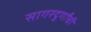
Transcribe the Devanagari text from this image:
सागरदुर्गांची